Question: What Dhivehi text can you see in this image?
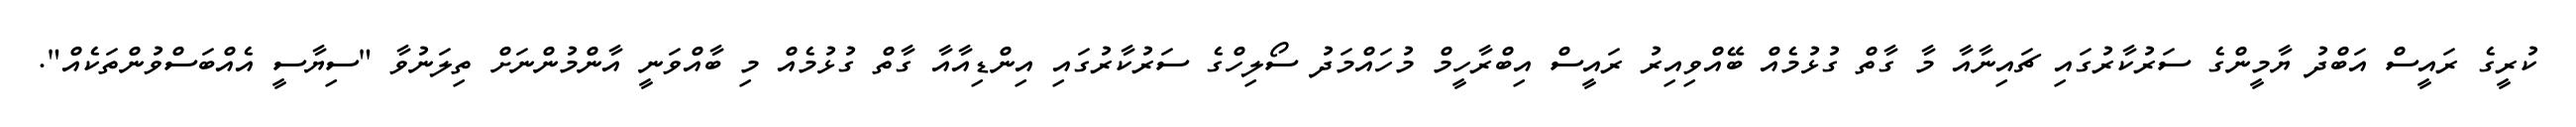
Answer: ކުރީގެ ރައީސް އަބްދު ޔާމީންގެ ސަރުކާރުގައި ޗައިނާއާ މާ ގާތް ގުޅުމެއް ބޭއްވިއިރު ރައީސް އިބްރާހީމް މުހައްމަދު ސޯލިހްގެ ސަރުކާރުގައި އިންޑިއާއާ ގާތް ގުޅުމެއް މި ބާއްވަނީ އާންމުންނަށް ތިލަނުވާ "ސިޔާސީ އެއްބަސްވުންތަކެއް".